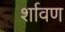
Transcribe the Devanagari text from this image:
र्शावण